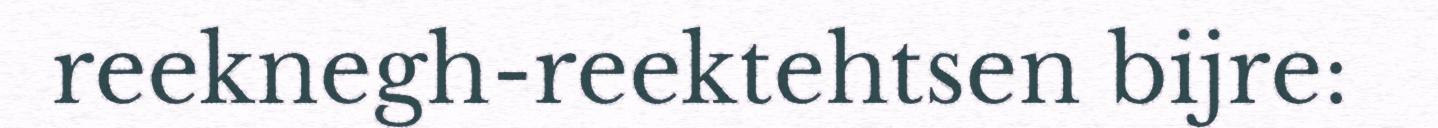
reeknegh-reektehtsen bijre: